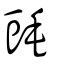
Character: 毭